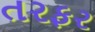
તરફર